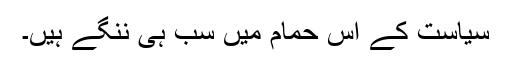
سیاست کے اس حمام میں سب ہی ننگے ہیں۔